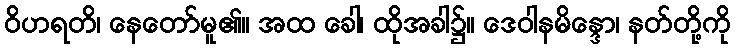
ဝိဟရတိ၊ နေတော်မူ၏။ အထ ခေါ၊ ထိုအခါ၌။ ဒေဝါနမိန္ဒော၊ နတ်တို့ကို